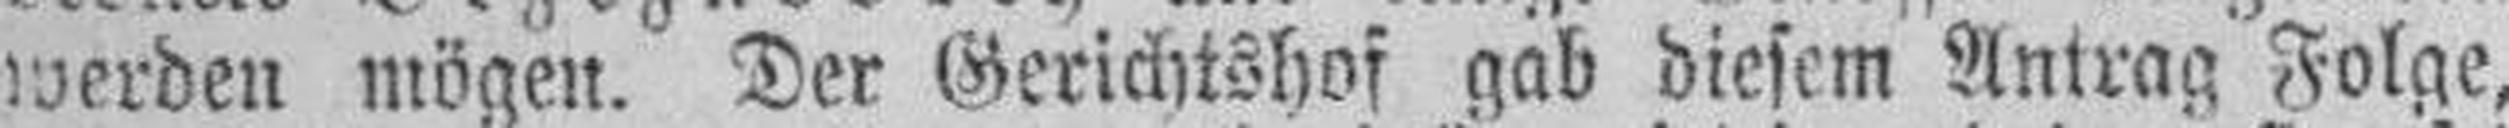
werden mögen. Der Gerichtshof gab diesem Antrag Folge,